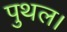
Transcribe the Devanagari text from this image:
पुथल।